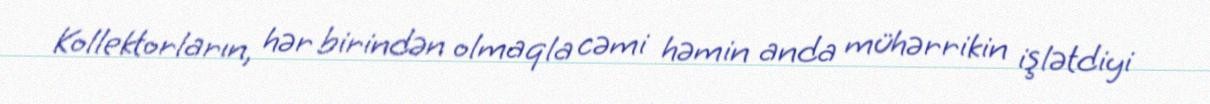
Kollektorların, hər birindən olmaqla cəmi həmin anda mühərrikin işlətdiyi